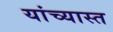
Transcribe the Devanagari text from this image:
यांच्यास्त